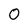
Character: 0